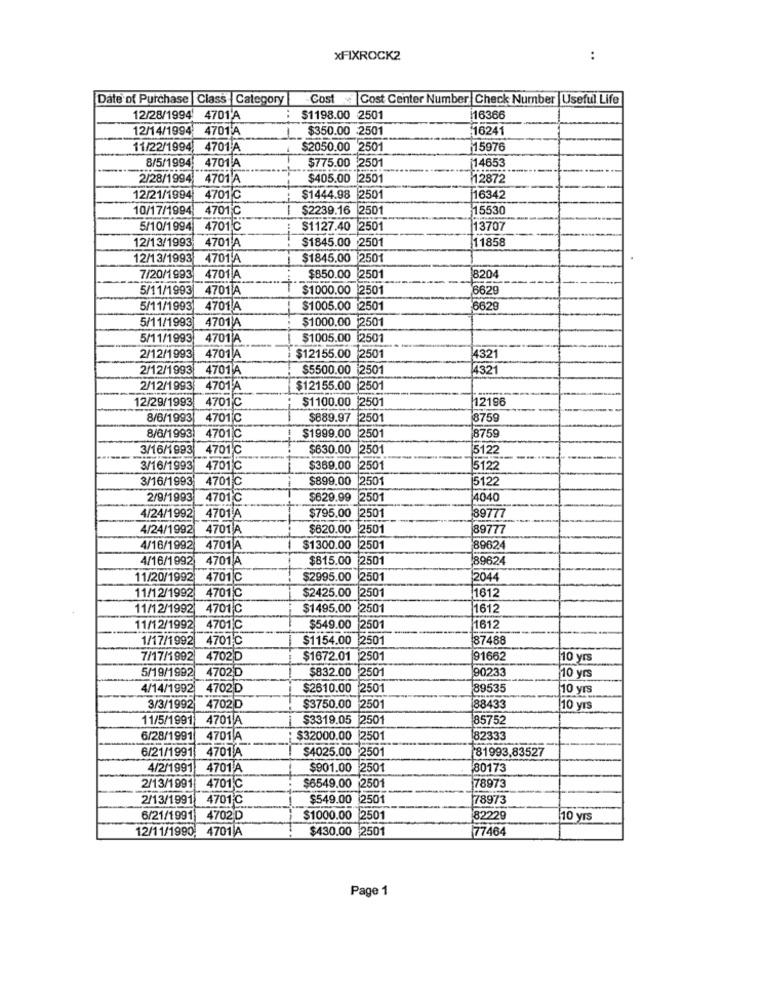
xFIXROCK2
..
Date of Purchase
Class Category
Cost Cost Center Number Check Number Useful Life
12/28/1994 4701'A
$1198.00 2501
16366
12/14/1994
4701 A
$350.00 -2501
16241
11/22/1994
4701 A
$2050.00 2501
15976
8/5/1994
14653
4701 A
$775.00 2501
2/28/1994
4701 A
$405.00 2501
12872
12/21/1994
4701℃
$1444.98 2501
16342
10/17/1994
4701℃
$2239.16 2501
15530
5/10/1994
4701 ℃
$1127.40 2501
13707
12/13/1993
$1845.00 2501
11858
4701 A
12/13/1993
4701 A
$1845.00 2501
7/20/1993
4701 A
$850.00 2501
8204
5/11/1993
4701 A
$1000.00 2501
6629
5/11/1993
4701 A
$1005.00
2501
6629
5/11/1993
4701A
$1000.00
2501
5/11/1993
4701 A
$1005.00 2501
2/12/1993
4701 A
$12155.00 2501
4321
2/12/1993
4701 A
$5500.00 2501
4321
2/12/1993
4701 A
$12155.00 2501
12/29/1993
$1100.00 2501
12196
4701℃
8/6/1993
4701℃
$889.97 2501
8759
8/6/1993
4701C
$1999.00 2501
8759
3/16/1993
4701 ℃
$630.00 2501
15122
3/16/1993
4701 ℃
$369.00 2501
5122
3/16/1993
4701 C
$899.00 2501
5122
2/9/1993
4701℃
$629.99 2501
4040
4/24/1992
4701 A
$795,00 2501
89777
4/24/1992
4701 A
$620.00 2501
89777
4/16/1992 4701 A
$1300.00 2501
8962
4/16/1992
4701 A
$815.00 2501
89624
11/20/1992 4701C
$2995.00 2501
2044
11/12/1992 4701 ℃
$2425.00 2501
1612
11/12/1992 4701 C
$1495.00 2501
1612
11/12/1992 4701C
$549.00 2501
1612
1/17/1992
4701℃
$1154.00 2501
87488
7/17/1992 4702 D
$1672.01 2501
91662
10 yrs
5/19/1992
4702D
$832.00 2501
90233
10 yrs
4/14/1992 4702D
$2610.00 2501
89535
10 yrs
3/3/1992
47020
$3750.00 2501
88433
10 yrs
11/5/1991
4701 A
$3319.05 2501
85752
6/28/1991
4701 A
$32000.00
2501
82333
6/21/1991
4701
$4025.00 2501
81993,83527
4/2/1991
4701 A
$901.00
2501
80173
2/13/1991
4701℃
$6549.00 2501
78973
2/13/1991 4701 ℃
$549.00 2501
78973
6/21/1991 4702D
$1000.00 2501
82229
10 yrs
12/11/1990, 4701 A
$430.00 2501
77464
Page 1